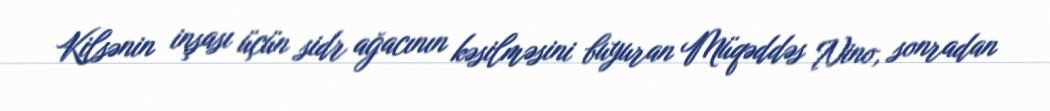
Kilsənin inşası üçün sidr ağacının kəsilməsini buyuran Müqəddəs Nino, sonradan